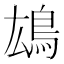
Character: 𩿅